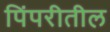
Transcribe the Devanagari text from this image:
पिंपरीतील